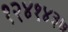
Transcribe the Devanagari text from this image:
१२४१४३७